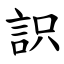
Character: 䛊